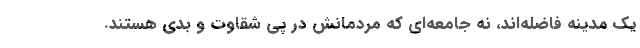
یک مدینه فاضله‌اند، نه جامعه‌ای که مردمانش در پی شقاوت و بدی هستند.